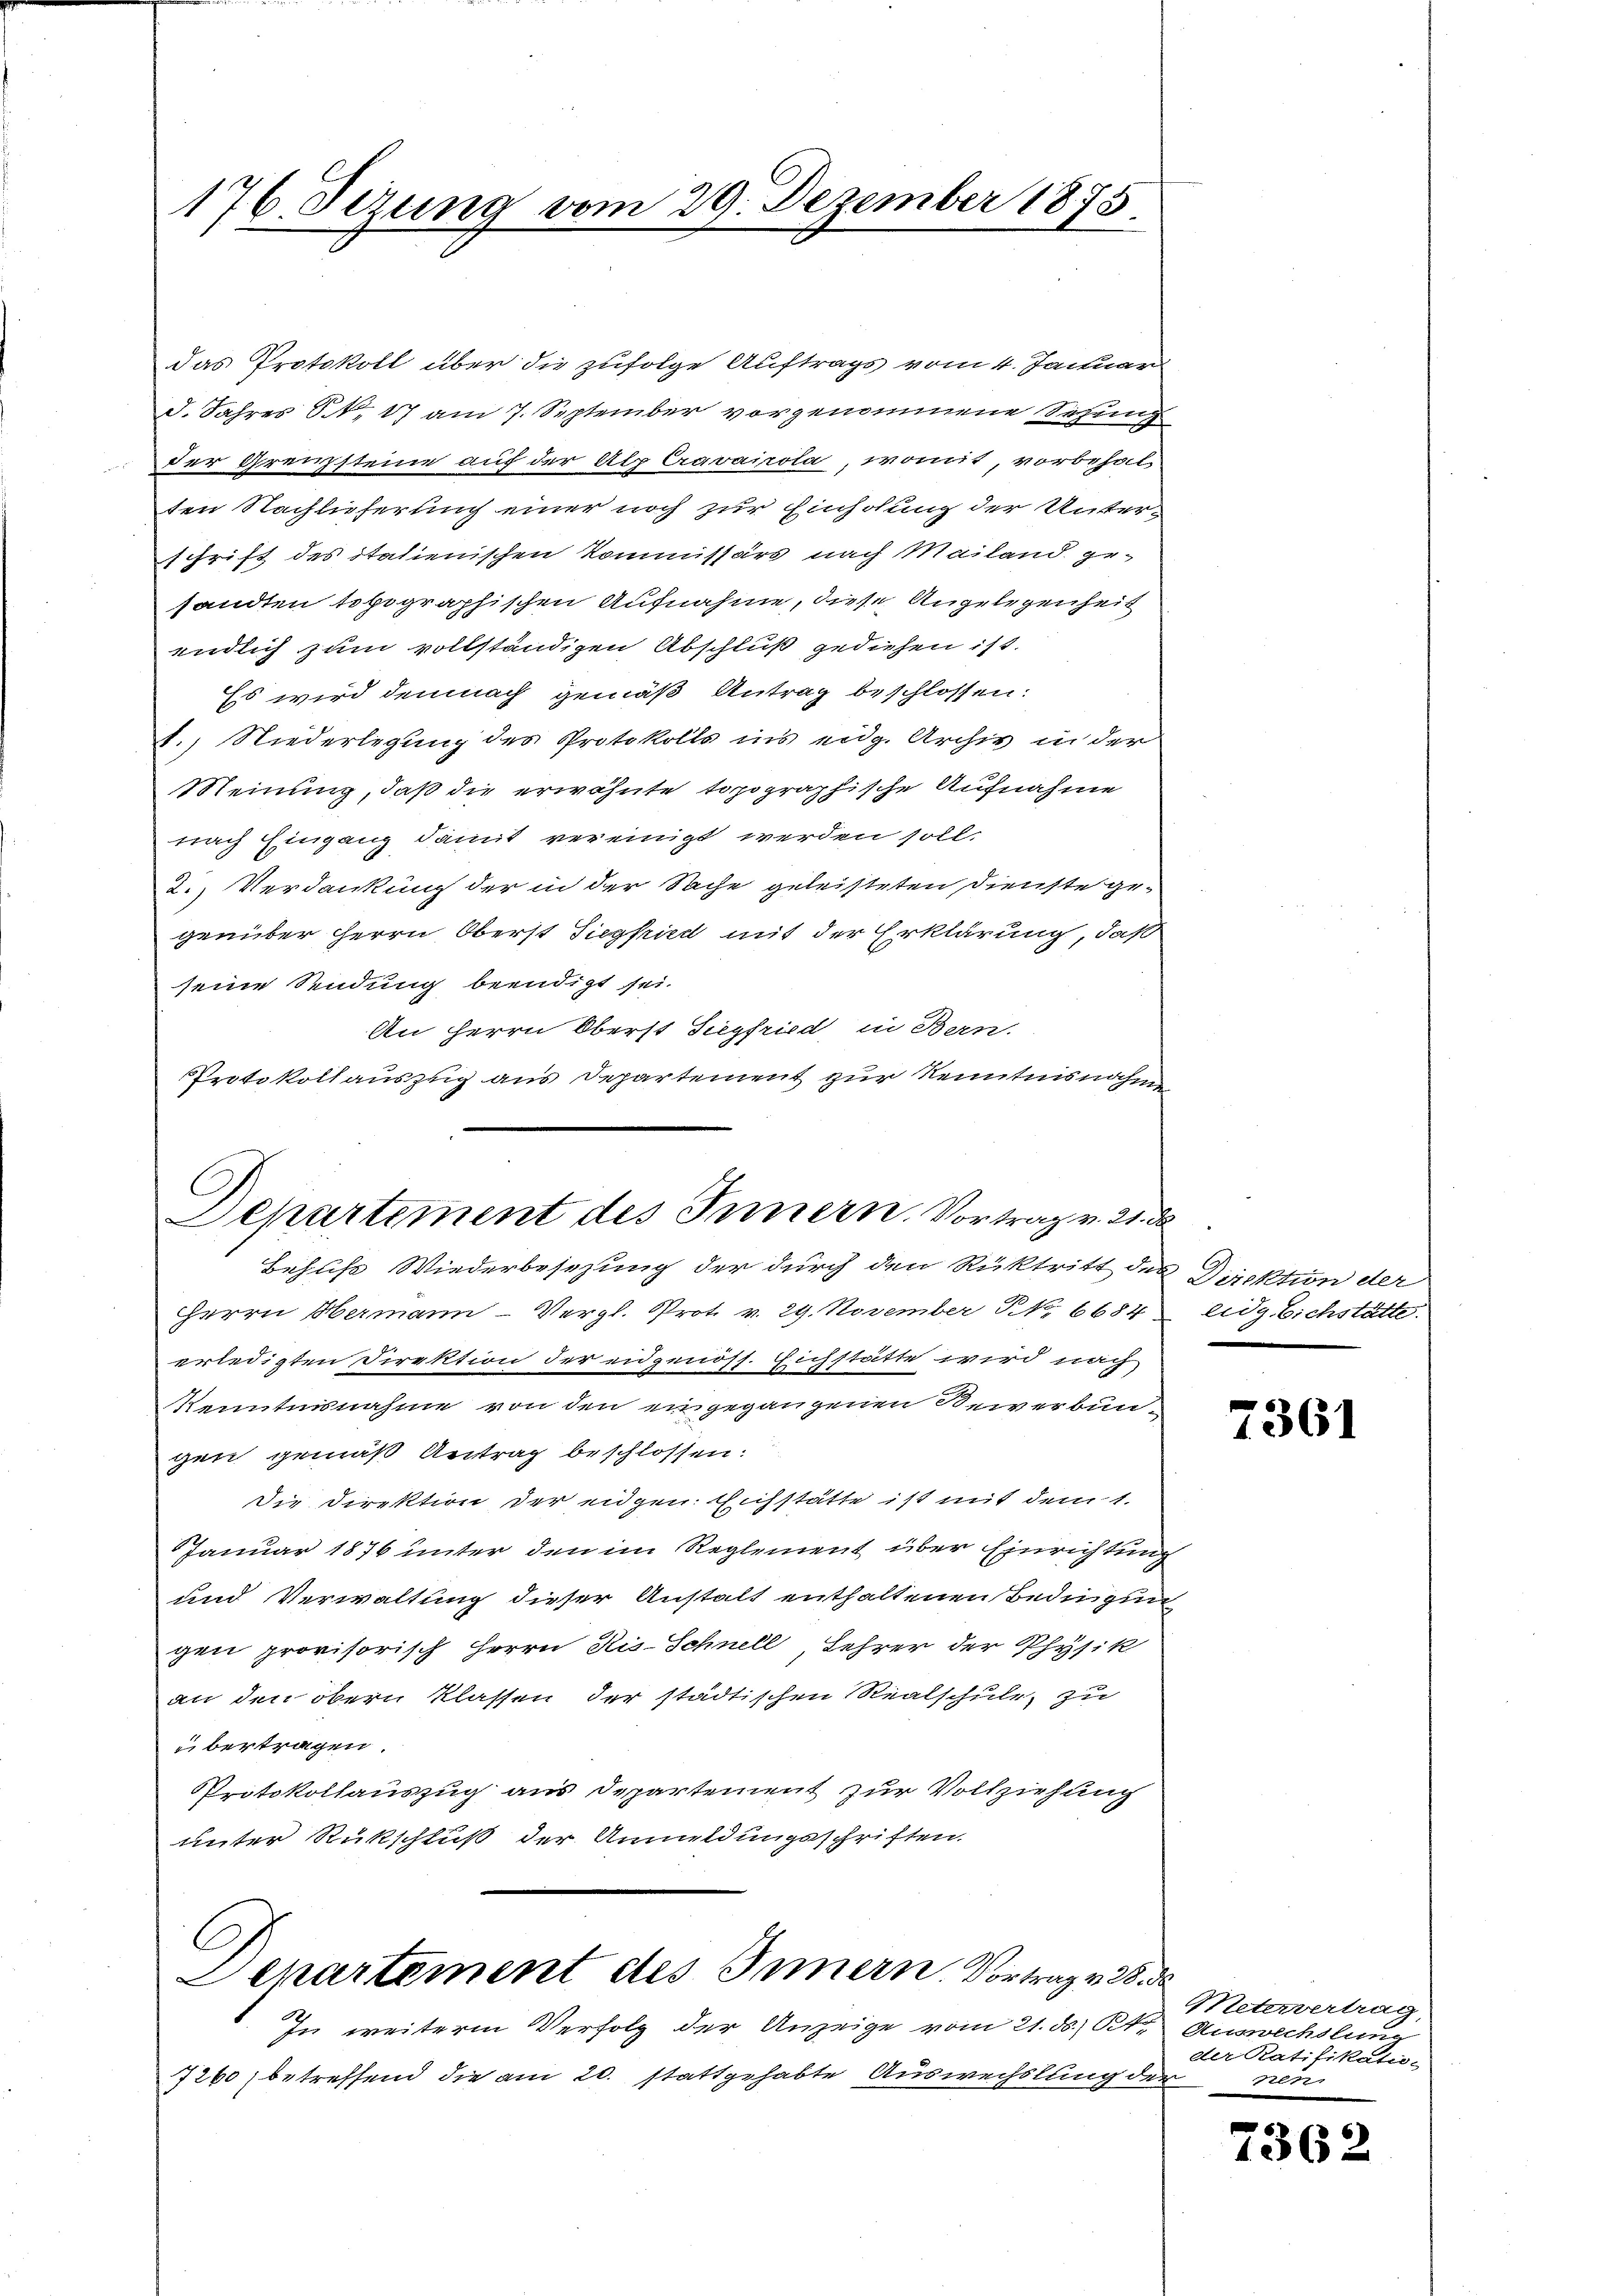
176. Sezung vom 29. Dezember 1878

das Protokoll über die zufolge Auftrags vom 4. Januar
d. Jahres S. 17 am 7. September vorgenommene Setzung
der Grenzsteine auf der Alp Cravairola, womit, vorbehalten Nachlieferung einer noch zur Einholung der Unterschrift des italienischen Kommissärs nach Mailand gesandten topographischen Aufnahme, diese Angelegenheit
endlich zum vollständigen Abschluß gediehen ist.
Es wird demnach gemäß Antrag beschlossen:
1., Niederlegung des Protokolls ins eidg. Archiv in der
Meinung, daß die erwähnte topographische Aufnahme
nach Eingang damit vereinigt werden soll.
2.) Verdankung der in der Sache geleisteten Dienste gegenüber Herrn Oberst Siegkind mit der Erklärung, daß
seine Sendung beendigt sei.
An Herrn Oberst Siegfried, in Bern.
Protokollauszug aus Departement zur Kenntnisnahme

Departement des Innern. Vortrag v. 21. d
Behufs Wiederbesezung der durch den Rücktritt des Direktion der

G
Separtement des Innern. Vortrag 23.

HHerrn Hermann- Vergl. Prot. v. 29. November No. 6684
erledigten Direktion der eidgenöss. Eichstätte wird nach
Kenntnisnahme von den eingegangenen Bewerbungen gemäß Antrag beschlossen:
Die Direktion der eidgen. Eichstätte ist mit dem 1.
Januar 1876 unter den im Reglement über Einrichtung
und Verwaltung dieser Anstalt enthaltenen Bedingun
gen provisorisch Herrn Ris-Schnell, Lehrer der Physik
an den obern Klassen der städtischen Realschule, zu
übertragen.
Protokollauszug aus Departement zur Vollziehung
unter Rükschluß der Anmeldungsschriften.

In weiterm Verfolg der Anzeige vom 21. ds. St. Auswechslung
7260 betreffend die am 20. stattgehabte Auswechslung der neu

eidg. Eichstätte.

7361

ef
Metervertrag,
der Ratifikatio-

7362